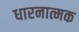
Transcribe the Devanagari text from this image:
धारनात्मक